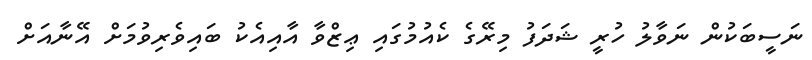
ނަސީބަކުން ނަވާލު ހުރީ ޝަދަފު މިރޭގެ ކެއުމުގައި ޢިޒްވާ އާއިއެކު ބައިވެރިވުމަށް އޭނާއަށް